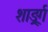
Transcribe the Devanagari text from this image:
शार्ङ्र्ग